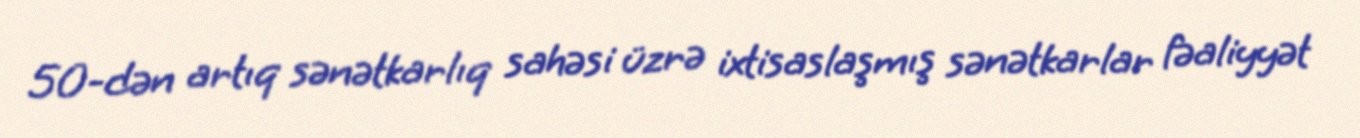
50-dən artıq sənətkarlıq sahəsi üzrə ixtisaslaşmış sənətkarlar fəaliyyət